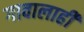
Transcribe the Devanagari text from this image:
गावालाही